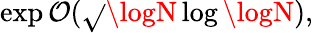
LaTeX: \exp\mathcal{O}({\sqrt{}{{\logN\log\logN}}}),